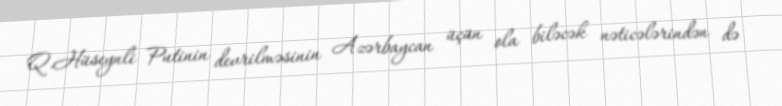
Q.Hüseynli Putinin devrilməsinin Azərbaycan üçün ola biləcək nəticələrindən də